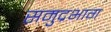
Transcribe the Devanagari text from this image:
समुद्रभाग